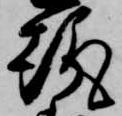
趣